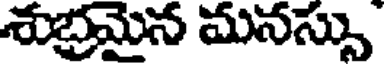
శుభ్రమైన మనస్సు